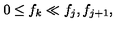
0 \le f _ { k } \ll f _ { j } , f _ { j + 1 } ,